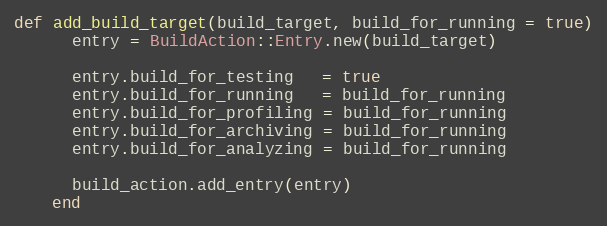
Language: Ruby
def add_build_target(build_target, build_for_running = true)
      entry = BuildAction::Entry.new(build_target)

      entry.build_for_testing   = true
      entry.build_for_running   = build_for_running
      entry.build_for_profiling = build_for_running
      entry.build_for_archiving = build_for_running
      entry.build_for_analyzing = build_for_running

      build_action.add_entry(entry)
    end